system: You are a helpful assistant.
user:
Analyze the provided spectrum to determine if it is a **White Dwarf (WD)**.

A White Dwarf spectrum is defined by its **extreme purity** (due to gravitational settling) and/or **extreme pressure broadening** (due to high surface gravity). You must check for one of the following mutually exclusive signatures:

- **Key Visual Indicators (Check for ONE of these types):**

    - **1. DA-Type Signature (Most Common):**
        - **(Primary Feature):** Extreme pressure broadening (Stark broadening) of the **Hydrogen (H) Balmer lines**.
        - **(Key Lines):** $H\beta$ (approx. $4861$ Å) and $H\gamma$ (approx. $4340$ Å). $H\alpha$ (approx. $6563$ Å) will also be present if the wavelength range covers it.
        - **(Line Profile):** This is the **defining feature**. The lines are **NOT** sharp. They appear as massive, **extremely broad and deep "troughs" or "dips"** in the spectrum, often hundreds of Ångströms wide. The continuum will appear to "scoop" down at these wavelengths.
        - **(Distinction):** Normal A-type or B-type stars have *narrow* and *sharp* Hydrogen lines. A DA White Dwarf's lines are unmistakably "smeared" or "blurry" from pressure.

    - **2. DB-Type Signature:**
        - **(Primary Feature):** Broad absorption lines from **Neutral Helium (He I)**. The spectrum must lack any visible Hydrogen lines.
        - **(Key Lines):** Look for broad absorption near $4471$ Å, $4921$ Å, and $5876$ Å.
        - **(Line Profile):** These lines are also significantly pressure-broadened, appearing much wider than they would in a normal B-type main-sequence star.

    - **3. DC-Type Signature:**
        - **(Primary Feature):** A **featureless continuous spectrum**.
        - **(Line Profile):** The spectrum is a smooth curve with **no significant absorption or emission lines**.
        - **(Key Confirmation):** The continuum is almost always **blue or white**, indicating a hot object. This signature implies the atmosphere is so pure (or so cool) that no spectral lines are visible in the optical range. Its WD identity is confirmed by its extremely low intrinsic brightness (high absolute magnitude).

    - **4. DZ-Type Signature (Metal-Polluted):**
        - **(Primary Feature):** **Isolated, narrow metal absorption lines** on an otherwise featureless (DC-like) continuum.
        - **(Key Lines):** The **Calcium (Ca II) H & K doublet** (approx. **$3934$ Å** and **$3968$ Å**) is the most common and defining feature.
        - **(Line Profile):** These lines are "out of place." They are *not* part of a "forest" of thousands of lines. This signature is evidence of recent *accretion* (pollution) from rocky debris.
        - **(Distinction):** Normal G/K/M stars have a *dense forest* of thousands of metal lines. A DZ has a *clean* continuum with *only a few* strong metal lines.

    - **5. DQ-Type Signature (Carbon-Polluted):**
        - **(Primary Feature):** Absorption bands from **Carbon (C₂ "Swan Bands" or atomic C I)**.
        - **(Key Lines - C₂):** Look for bandheads with a "saw-tooth" shape near $5635$ Å, **$5165$ Å** (strongest), and $4737$ Å.
        - **(Key Confirmation):** The underlying **continuum must be blue or white** (hot).
        - **(Distinction):** This is the critical difference from a **Carbon Star**, which has the *exact same* C₂ bands but on an extremely **red, cool** continuum.

- **(Overall Spectrum):**
    - The continuum (overall shape) is typically **blue-sloping** (brighter in the blue than the red), as most white dwarfs are very hot.
    - The spectrum will look "pure" or "simple," dominated by only *one* of the five signatures listed above.

Think first, call **spectral_visualization_tool** if needed to examine features in detail, then provide your final answer. Your response must adhere to the following strict rules:
1.  **Overall Structure:** Your response must follow the format `<think>...</think> <tool_call>...</tool_call> (if a tool is used) <answer>...</answer>`.
2.  **Tool Usage Constraint:** You may only make **one** tool call per turn.
3.  **Final Answer Format:** In the `<answer>` tag, your conclusion must be inside a `\boxed{}` command (e.g., `\boxed{YES}` or `\boxed{NO}`), followed by your justification.

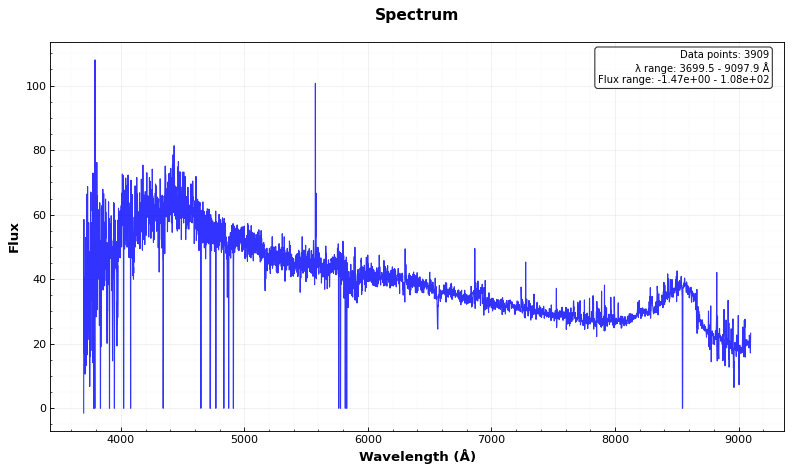
Answer: NO